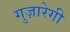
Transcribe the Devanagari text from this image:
गुज़ारेगी